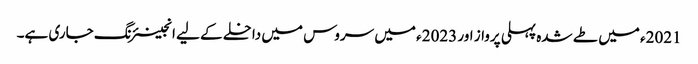
2021ء میں طے شدہ پہلی پرواز اور 2023ء میں سروس میں داخلے کے لیے انجینئرنگ جاری ہے۔